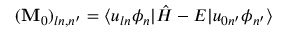
( \mathbf { M } _ { 0 } ) _ { l n , n ^ { \prime } } = \langle u _ { l n } \phi _ { n } | \hat { H } - E | u _ { 0 n ^ { \prime } } \phi _ { n ^ { \prime } } \rangle